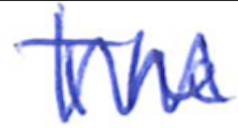
Text: The
Cross-out: zig-zag
Writing tool: ballpoint